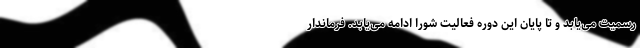
رسمیت می‌یابد و تا پایان این دوره فعالیت شورا ادامه می‌یابد. فرماندار